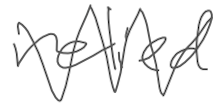
Text: relied
Cross-out: zig-zag
Writing tool: digital_gray